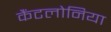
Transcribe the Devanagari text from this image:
कैंटलोनिया